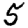
Digit: 5